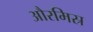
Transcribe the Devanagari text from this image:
औरमिस्र